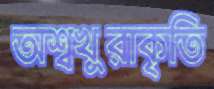
অশ্বখুরাকৃতি